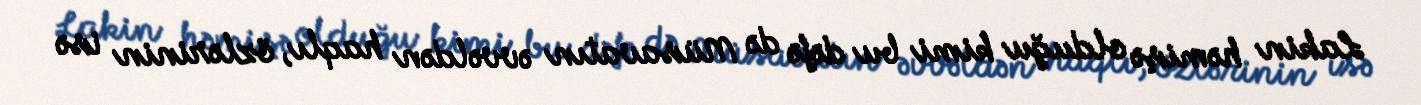
Lakin həmişə olduğu kimi bu dəfə də Müsavatın əvvəldən haqlı, özlərinin isə